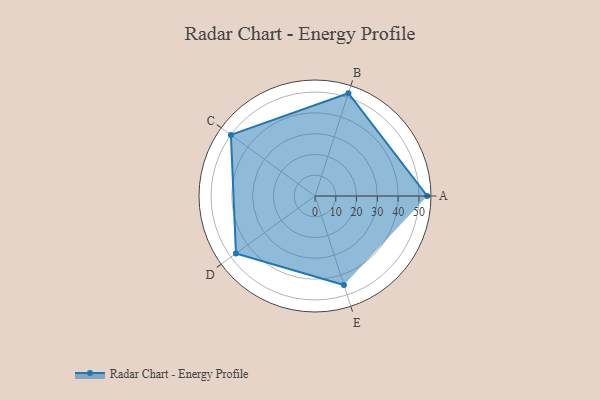
{"axis": {"x": "Skill", "y": "Score"}, "legend": ["Profile"], "data": [{"x": "A", "y": 54.0, "type": "Profile"}, {"x": "B", "y": 52.0, "type": "Profile"}, {"x": "C", "y": 50.0, "type": "Profile"}, {"x": "D", "y": 47.0, "type": "Profile"}, {"x": "E", "y": 45.0, "type": "Profile"}]}